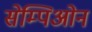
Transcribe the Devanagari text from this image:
सेम्पिओन